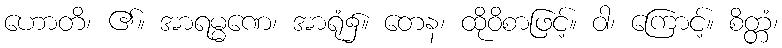
ဟောတိ၊ ၏။ အာရမ္မဏေ၊ အာရုံ၌။ တေန၊ ထိုဝိစာဖြင့်။ ဝါ၊ ကြောင့်။ စိတ္တံ၊